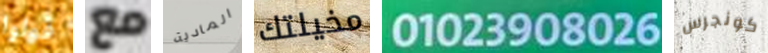
قولوا مع المادية مخيلتك 01023908026 كونجرس